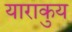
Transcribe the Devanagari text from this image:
याराकुय